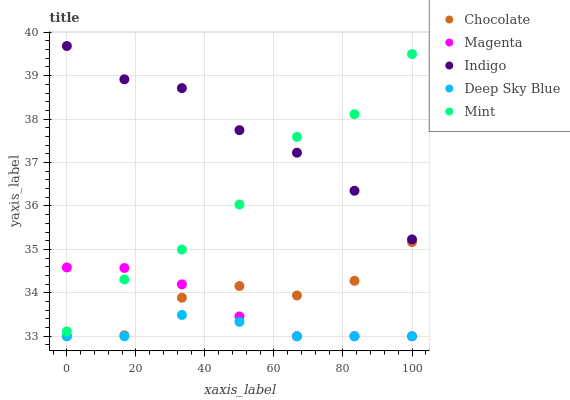
| xaxis_label | Chocolate | Magenta | Indigo | Deep Sky Blue | Mint |
 | --- | --- | --- | --- | --- | --- |
 | 0 | 33 | 34.6 | 39.7 | 33 | 33.1 |
 | 16.7 | 33 | 34.6 | 38.9 | 33 | 34.3 |
 | 33.3 | 33.9 | 34.2 | 38.7 | 33.5 | 35 |
 | 50 | 34.2 | 33.5 | 37.7 | 33.3 | 36 |
 | 66.7 | 33.9 | 33 | 37.2 | 33 | 37.6 |
 | 83.3 | 34.3 | 33 | 36.3 | 33 | 38.1 |
 | 100 | 35.2 | 33 | 35.2 | 33 | 39.5 |